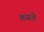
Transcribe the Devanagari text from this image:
वसते